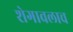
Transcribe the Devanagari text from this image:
शेगावलाच